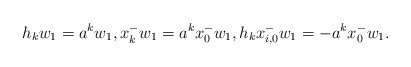
\begin{align*} h_{k}w_1=a^kw_1,x_{k}^{-}w_1=a^kx_{0}^{-}w_1,h_{k}x_{i,0}^{-}w_1=-a^kx_{0}^{-}w_1.\end{align*}